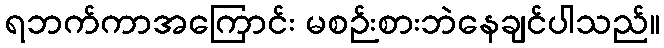
ရဘက်ကာအကြောင်း မစဉ်းစားဘဲနေချင်ပါသည်။